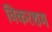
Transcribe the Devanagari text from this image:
विकरशम